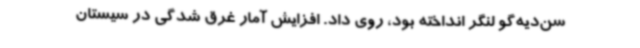
سن‌دیه‌گو لنگر انداخته بود، روی داد. افزایش آمار غرق شدگی در سیستان